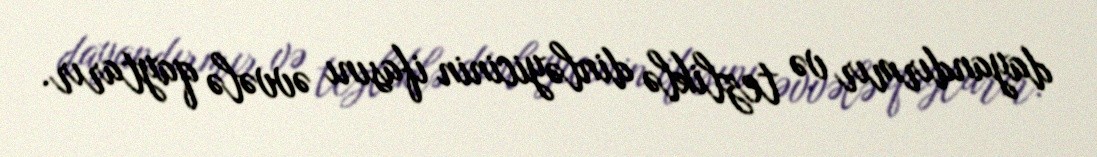
dayandırmır və tezliklə dinləyicinin ifasını əvvələ qaytarır.